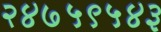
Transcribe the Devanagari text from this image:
२४७५९५४३